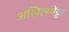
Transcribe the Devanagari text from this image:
असिलमेट्टा